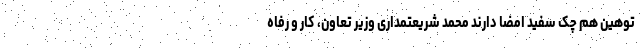
توهین هم چک سفید امضا دارند محمد شریعتمداری وزیر تعاون، کار و رفاه